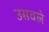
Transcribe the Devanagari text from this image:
उसवले